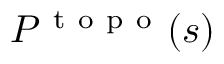
P ^ { \mathrm { ~ t ~ o ~ p ~ o ~ } } ( s )